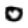
Digit: 0